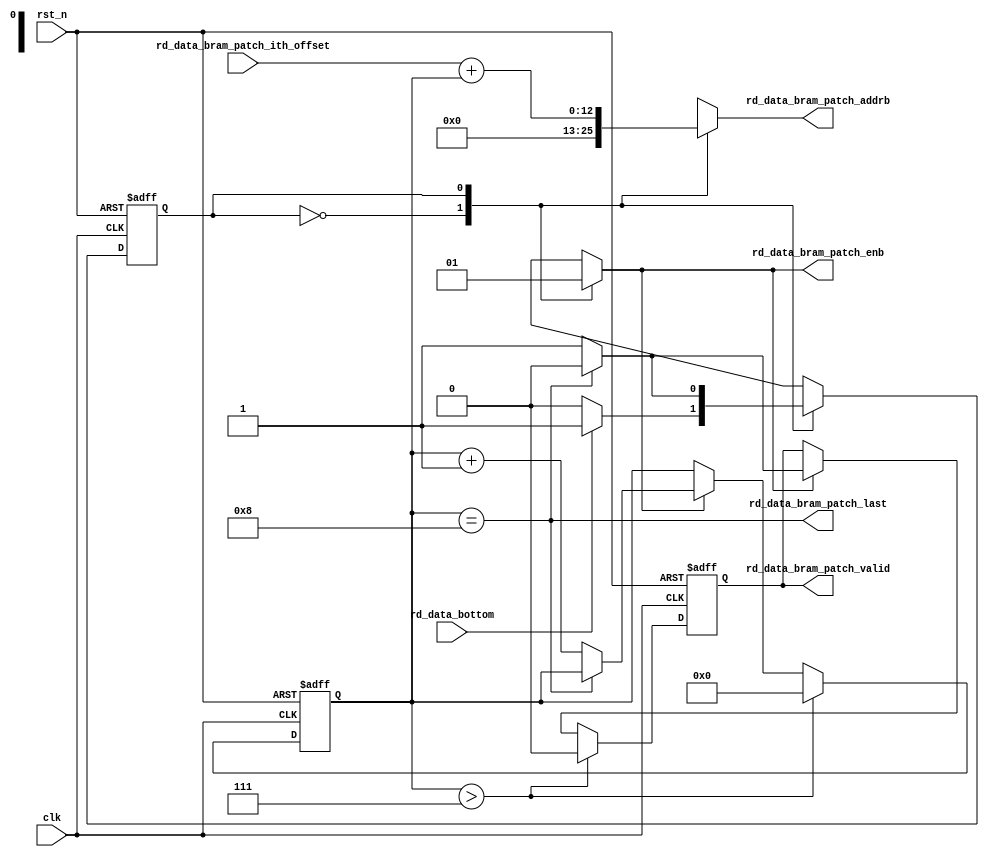
// ---------------------------------------------------
//
// Description: read data(right most patch of size 15x8) from bram
//
// Version    : 1.0
// ---------------------------------------------------

module rd_bram_patch(
    input wire          clk,
    input wire          rst_n,
    //
    input wire          rd_data_bottom,   // rd bottom data enable
    input wire [12: 0]  rd_data_bram_patch_ith_offset, // bram addr offset of ith bottom feature map,
                                                       // stable till last valid output
                                                       // ith*RD_BRAM_PATCH_NUM
    // bram control
    output reg          rd_data_bram_patch_enb,   // enable port b
    output reg          rd_data_bram_patch_valid, // data on port b is valid
    output wire         rd_data_bram_patch_last,  // last valid data
    output reg [12: 0]  rd_data_bram_patch_addrb  // read address
  );

  localparam RD_BRAM_PATCH_RST  = 1'b0;
  localparam RD_BRAM_PATCH_RD   = 1'b1;
  localparam RD_BRAM_PATCH_NUM  = 4'h8;
  // simulation
//reg           rd_data_bram_patch_enb;
//reg  [12: 0]  rd_data_bram_patch_addrb;
//reg           rd_data_bram_patch_valid;

  reg           _rd_data_bram_patch_state;
  reg           _rd_data_bram_patch_next_state;
  reg  [3:0]    _rd_data_bram_patch_cnt;      // num of datum read
  wire          _rd_data_bram_patch_new_tran; // new transaction
  reg  [12: 0]  _rd_data_bram_patch_ith_offset_rec; // record last transaction addr offset
  // last valid data
  assign rd_data_bram_patch_last = (_rd_data_bram_patch_cnt == RD_BRAM_PATCH_NUM);
  // check if it is a new transaction
  //assign _rd_data_bram_patch_new_tran = (_rd_data_bram_patch_ith_offset_rec != rd_data_bram_patch_ith_offset);
  assign _rd_data_bram_patch_new_tran = _rd_data_bram_patch_cnt > (RD_BRAM_PATCH_NUM - 4'h1);

  // flip-flop
  always@(posedge clk or negedge rst_n) begin
    if(!rst_n) begin
      _rd_data_bram_patch_state <= RD_BRAM_PATCH_RST;
    end else begin
      _rd_data_bram_patch_state <= _rd_data_bram_patch_next_state;
    end
  end
  // transition
  always@(rd_data_bottom or _rd_data_bram_patch_state or rd_data_bram_patch_last) begin
    _rd_data_bram_patch_next_state = RD_BRAM_PATCH_RST;
    case(_rd_data_bram_patch_state)
      RD_BRAM_PATCH_RST: begin
        if(rd_data_bottom) begin // <-x
          _rd_data_bram_patch_next_state = RD_BRAM_PATCH_RD;
        end else begin
          _rd_data_bram_patch_next_state = RD_BRAM_PATCH_RST;
        end
      end

      RD_BRAM_PATCH_RD: begin
        if(rd_data_bram_patch_last) begin
          _rd_data_bram_patch_next_state = RD_BRAM_PATCH_RST;
        end else begin
          _rd_data_bram_patch_next_state = RD_BRAM_PATCH_RD;
        end
      end
    endcase
  end
  // logic
  always@(_rd_data_bram_patch_state or rd_data_bram_patch_ith_offset or _rd_data_bram_patch_cnt) begin
    rd_data_bram_patch_enb = 1'b0;
    rd_data_bram_patch_addrb = 13'b0;
    case(_rd_data_bram_patch_state)
      RD_BRAM_PATCH_RST: begin
        rd_data_bram_patch_addrb = 13'b0;
      end

      RD_BRAM_PATCH_RD: begin
        rd_data_bram_patch_enb    = 1'b1;
        rd_data_bram_patch_addrb  = rd_data_bram_patch_ith_offset + {9'b0,_rd_data_bram_patch_cnt};
      end
    endcase
  end

  // valid
  always@(posedge clk or negedge rst_n) begin
    if(!rst_n) begin
      _rd_data_bram_patch_cnt   <= 4'h0;
      _rd_data_bram_patch_ith_offset_rec <= 13'b0;
      rd_data_bram_patch_valid  <= 1'b0;
    end else begin
      if(rd_data_bottom) begin
        _rd_data_bram_patch_ith_offset_rec <= rd_data_bram_patch_ith_offset;
      end

      if(_rd_data_bram_patch_new_tran) begin
        _rd_data_bram_patch_cnt   <= 4'h0;
        rd_data_bram_patch_valid  <= 1'b0;
      end else begin
        if(rd_data_bram_patch_enb) begin
		  if( _rd_data_bram_patch_cnt == 4'h8 ) begin
            rd_data_bram_patch_valid  <= 1'b0;
		  end
		  else begin
            _rd_data_bram_patch_cnt   <= _rd_data_bram_patch_cnt + 1'b1;
            rd_data_bram_patch_valid  <= 1'b1;
		  end
        end
      end
    end
  end

  // simulation
//bram_right_patch right_patch(
//  .clka(clk),    // input wire clka
//  .ena(1'b0),      // input wire ena
//  .wea(1'b0),      // input wire [0 : 0] wea
//  .addra(12'b0),  // input wire [11 : 0] addra
//  .dina(480'b0),    // input wire [479 : 0] dina
//  .douta(480'b0),  // output wire [479 : 0] douta
//  .clkb(clk),    // input wire clkb
//  .enb(rd_data_bram_row_enb),      // input wire enb
//  .web(1'b0),      // input wire [0 : 0] web
//  .addrb(rd_data_bram_patch_addrb),  // input wire [11 : 0] addrb
//  .dinb(480'b0),    // input wire [479 : 0] dinb
//  .doutb()  // output wire [479 : 0] doutb
//);

endmodule